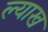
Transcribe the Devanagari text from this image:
ल्याख